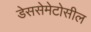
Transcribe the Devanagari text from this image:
डेससेमेटोसील